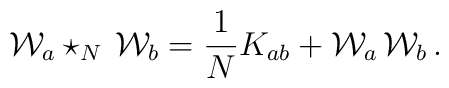
{\cal W}_a \star_N \,{\cal W}_b = \frac{1}{N}K_{ab} + {\cal W}_a\,{\cal W}_b\,.